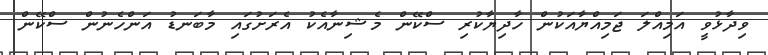
ވިދާޅުވީ އަމިއްލަ ޖަމިއްޔާއަކުން ހާދިޔާކުރި ސްކޭން މެޝިނާއެކު އެރަށުގައި މާބަނޑު އަންހެނުން ސްކޭން